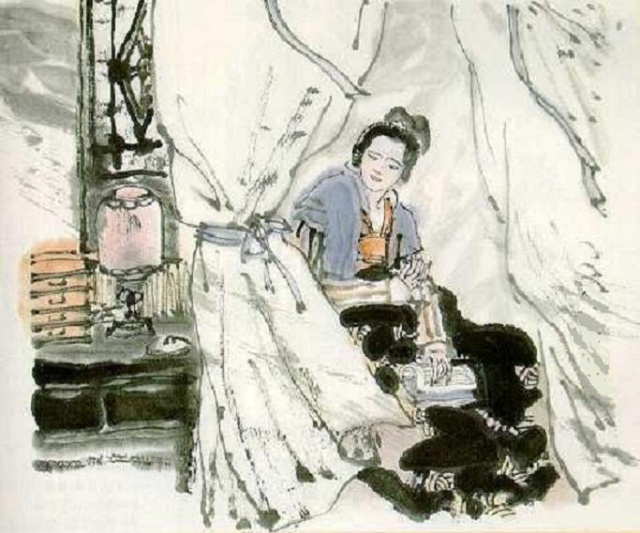
相逢不尽平生事，春思入琵琶。